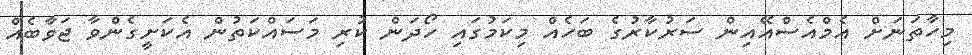
މިހާތަނަށް އެމްއެސްއޭއިން ސަރުކާރުގެ ބަހެއް މިކަމުގައި ހޯދަން ކުރި މަސައްކަތުން އެކަށީގެންވާ ޖަވާބެއް